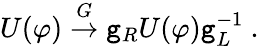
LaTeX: U(\varphi)\stackrel{G}{\to}\mathtt{g}_{R}U(\varphi)\mathtt{g}_{L}^{-1}~.